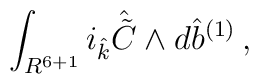
\int_{R^{6+1}} i_{\hat k}{\hat {\tilde C}}\wedge d{\hat b}^{(1)}\, ,